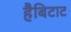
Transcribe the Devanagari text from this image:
हैबिटाट